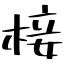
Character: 椄